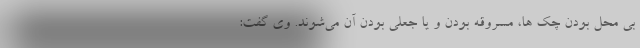
بی محل بودن چک ها، مسروقه بودن و یا جعلی بودن آن می‌شوند. وی گفت: